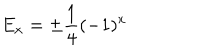
LaTeX: E _ { x } = \pm \frac { 1 } { 4 } ( - 1 ) ^ { x }